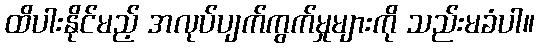
ထိပါးနိုင်မည့် အလုပ်ပျက်ကွက်မှုများကို သည်းမခံပါ။